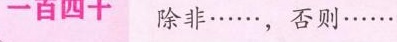
一百四十 除非……，否则……